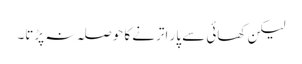
لیکن کھائی سے پار اترنے کا حوصلہ نہ پڑتا۔